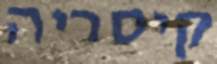
קיסריה